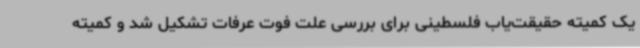
یک کمیته حقیقت‌یاب فلسطینی برای بررسی علت فوت عرفات تشکیل شد و کمیته